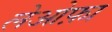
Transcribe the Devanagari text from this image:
लेओफ़ा